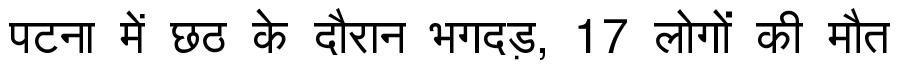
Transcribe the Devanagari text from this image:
पटना में छठ के दौरान भगदड़, 17 लोगों की मौत